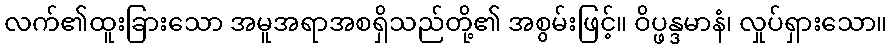
လက်၏ထူးခြားသော အမူအရာအစရှိသည်တို့၏ အစွမ်းဖြင့်။ ဝိပ္ဖန္ဒမာနံ၊ လှုပ်ရှားသော။